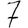
Digit: 7